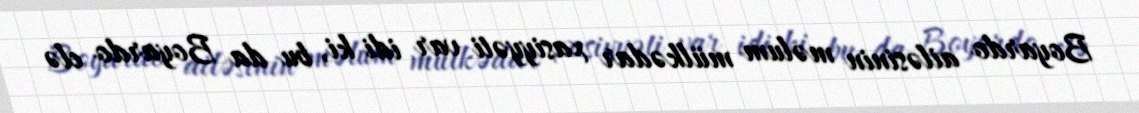
Boyardo ailəsinin məlum mülkədar xasiyyəti var idi ki, bu da Boyardo elə